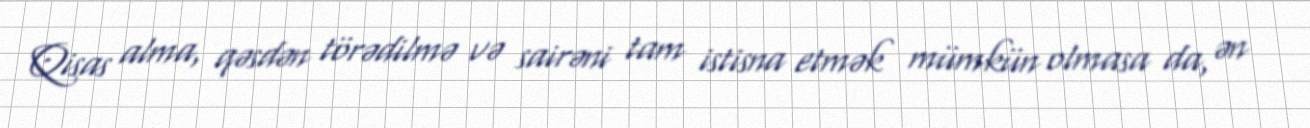
Qisas alma, qəsdən törədilmə və sairəni tam istisna etmək mümkün olmasa da, ən